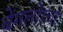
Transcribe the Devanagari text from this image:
बेंगलोरचा